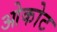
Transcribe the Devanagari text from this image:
ओकोट